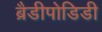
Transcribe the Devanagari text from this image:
ब्रैडीपोडिडी